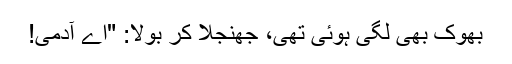
بھوک بھی لگی ہوئی تھی، جھنجلا کر بولا: "اے آدمی!